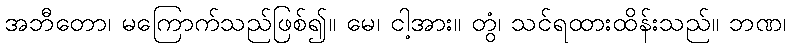
အဘီတော၊ မကြောက်သည်ဖြစ်၍။ မေ၊ ငါ့အား။ တွံ၊ သင်ရထားထိန်းသည်။ ဘဏ၊